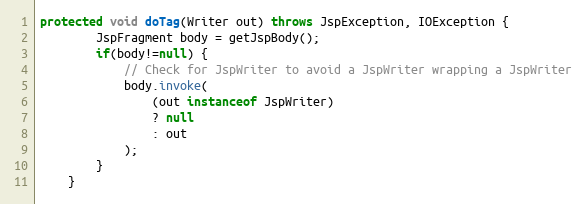
Language: Java
protected void doTag(Writer out) throws JspException, IOException {
		JspFragment body = getJspBody();
		if(body!=null) {
			// Check for JspWriter to avoid a JspWriter wrapping a JspWriter
			body.invoke(
				(out instanceof JspWriter)
				? null
				: out
			);
		}
	}